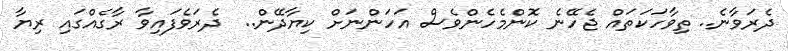
ދެރަވާނެ.. ތިވާހަކަތައް ޖެހޭނެ ކޮންމެހެންވެސް އަހަންނަށް ކިޔާދޭން..  ދެރަވެފައިވާ ރާގެއްގައި ރިޔާ